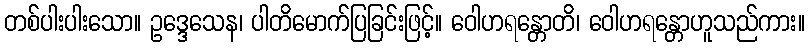
တစ်ပါးပါးသော။ ဥဒ္ဒေသေန၊ ပါတိမောက်ပြခြင်းဖြင့်။ ဝေါဟရန္တောတိ၊ ဝေါဟရန္တောဟူသည်ကား။